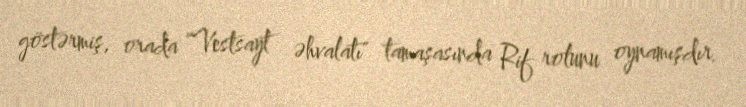
göstərmiş, orada "Vestsayt əhvalatı" tamaşasında Rif rolunu oynamışdır.